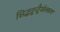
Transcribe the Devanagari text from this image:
सिद्धद्वन्द्वैर्जलकण